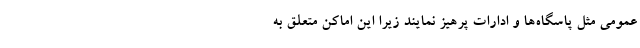
عمومی مثل پاسگاه‌ها و ادارات پرهیز نمایند زیرا این اماکن متعلق به